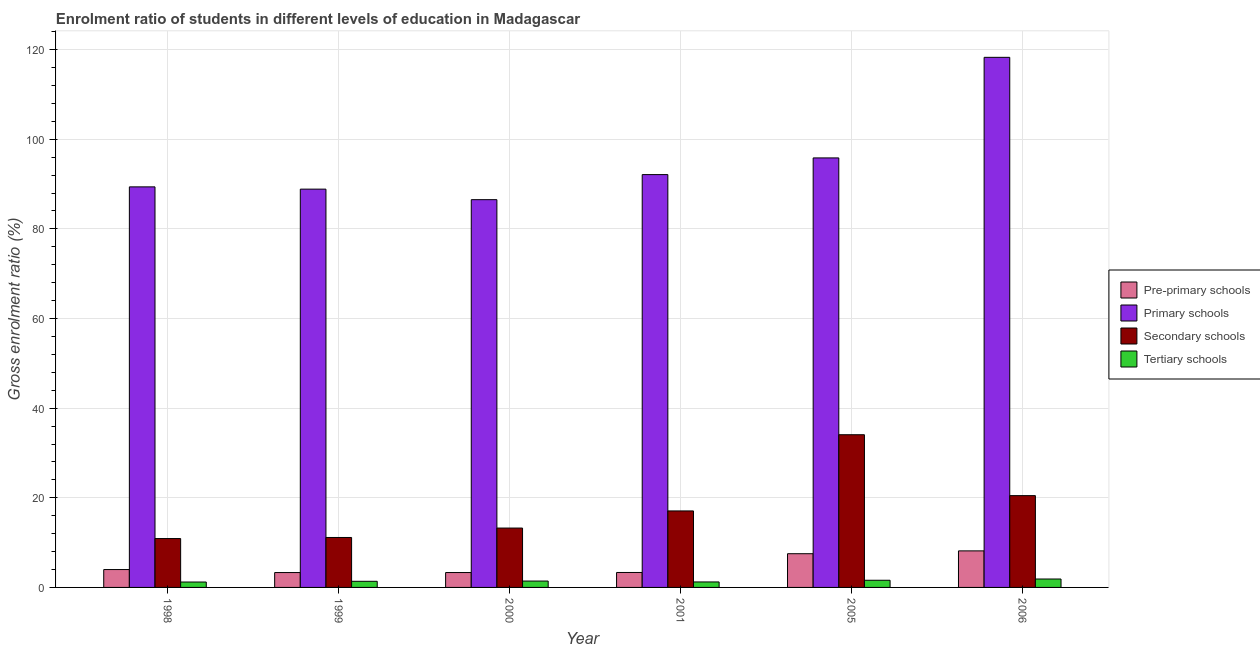
| Year | Pre-primary schools | Primary schools | Secondary schools | Tertiary schools |
 | --- | --- | --- | --- | --- |
 | 1998 | 3.99 | 89.4 | 10.9 | 1.21 |
 | 1999 | 3.32 | 88.9 | 11.1 | 1.37 |
 | 2000 | 3.32 | 86.5 | 13.2 | 1.42 |
 | 2001 | 3.34 | 92.1 | 17.1 | 1.22 |
 | 2005 | 7.52 | 95.8 | 34.1 | 1.6 |
 | 2006 | 8.15 | 118 | 20.5 | 1.88 |